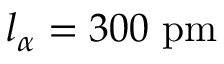
l _ { \alpha } = 3 0 0 ~ \mathrm { p m }